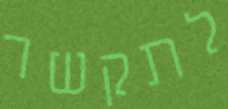
לתקשר